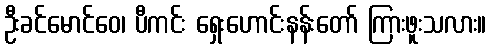
ဦးခင်မောင်ဝေ၊ ပီကင်း ရှေးဟောင်းနန်းတော် ကြားဖူးသလား။